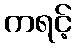
ကရင့်